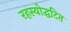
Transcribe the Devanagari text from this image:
रहस्योद्घटित